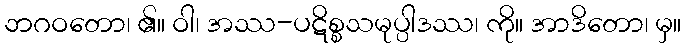
ဘဂဝတော၊ ၏။ ဝါ၊ အဿ-ပဋိစ္စသမုပ္ပါဒဿ၊ ကို။ အာဒိတော၊ မှ။